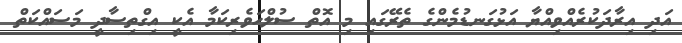
އަދި އިރާދަކުރެއްވިއްޔާ އަޅުގަނޑުމެންގެ ތެރޭގައި މި އޮތް ސުލްހަވެރިކަމާ އެކީ އިގްތިސާދީ މަސައްކަތް